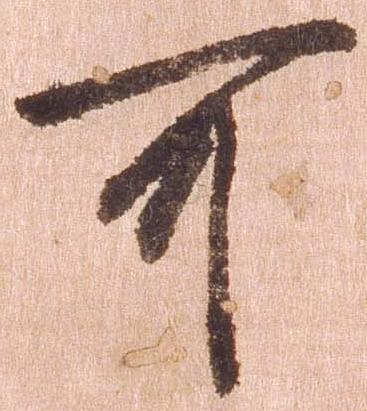
可